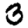
Digit: 3